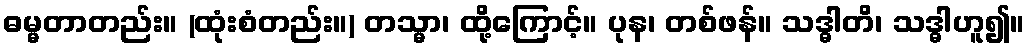
ဓမ္မတာတည်း။ (ထုံးစံတည်း။) တသ္မာ၊ ထို့ကြောင့်။ ပုန၊ တစ်ဖန်။ သဒ္ဓါတိ၊ သဒ္ဓါဟူ၍။